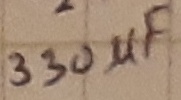
Text: 330µF